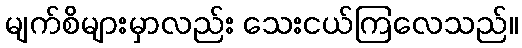
မျက်စိများမှာလည်း သေးငယ်ကြလေသည်။